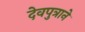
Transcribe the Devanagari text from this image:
देवपुत्राने